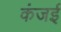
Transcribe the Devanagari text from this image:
कंजई